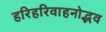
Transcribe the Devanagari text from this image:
हरिहरिवाहनोद्भव